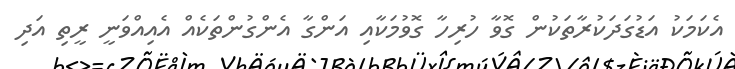
އެކަމަކު އަޑުގަދަކުރާތަކުން ގޮވާ ހުރިހާ ގޮވުމަކާއި އަންގާ އެންގުންތަކެއް އެއިއްވަނީ ރީތި އަދި